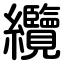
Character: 纜